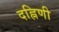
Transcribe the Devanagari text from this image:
दह्निणी